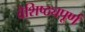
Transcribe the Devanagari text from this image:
वैशिष्ठ्यपूर्ण